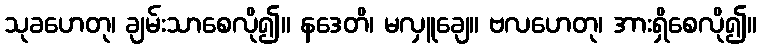
သုခဟေတု၊ ချမ်းသာစေလို၍။ နဒေတိ၊ မလှူချေ။ ဗလဟေတု၊ အားရှိစေလို၍။